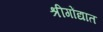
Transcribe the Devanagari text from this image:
श्रीगोंद्यात